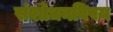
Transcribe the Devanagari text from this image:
संशोधनविषय